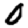
Digit: 0